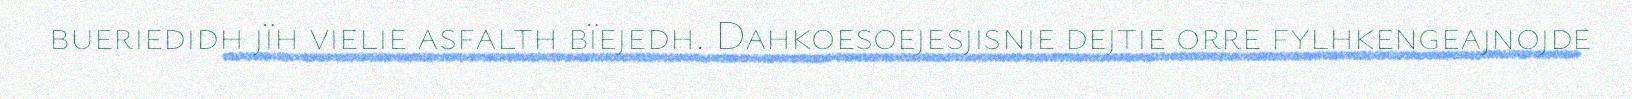
bueriedidh jïh vielie asfalth bïejedh. Dahkoesoejesjisnie dejtie orre fylhkengeajnojde